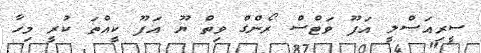
ސީރިއަސްލީ އަފޫ ވަޓްސް ރޯންގް ވިތް ޔޫ އަފޫ ކީއްތަ ކުރީ މިހާ